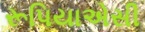
રૂપિયાએસી